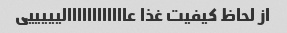
از لحاظ کیفیت غذا عاااااااااااالیییییی